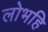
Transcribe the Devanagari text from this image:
लोभहि